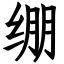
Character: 绷